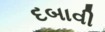
દબાવી